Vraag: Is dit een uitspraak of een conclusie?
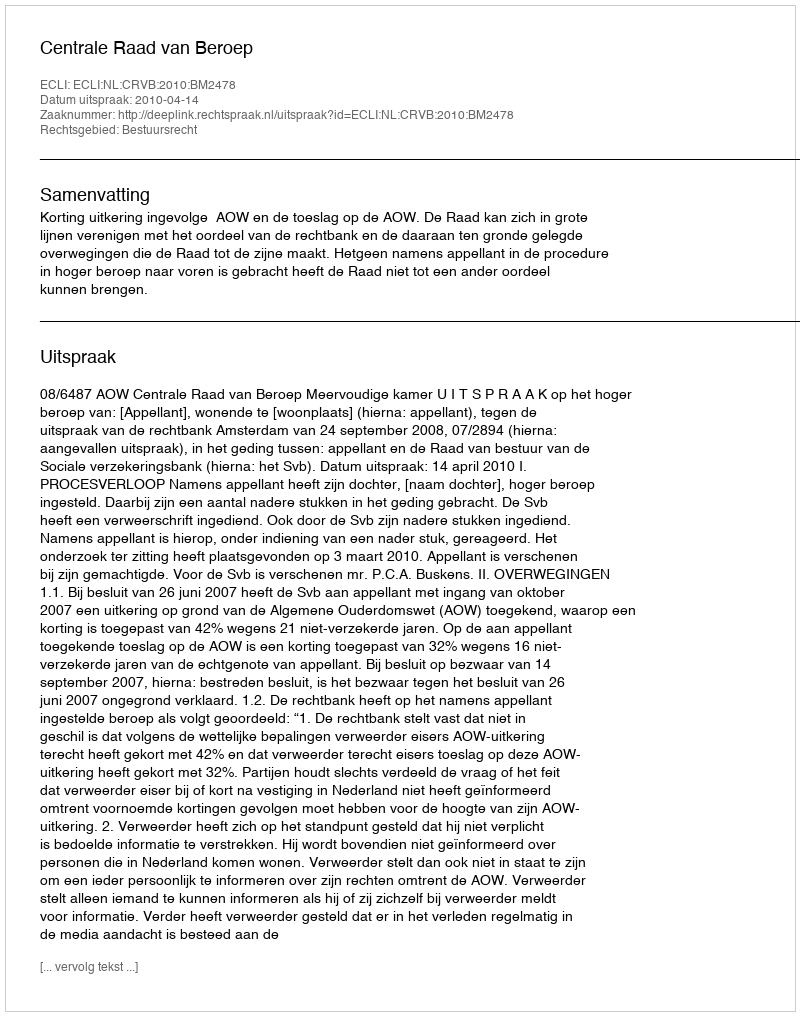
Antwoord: Uitspraak